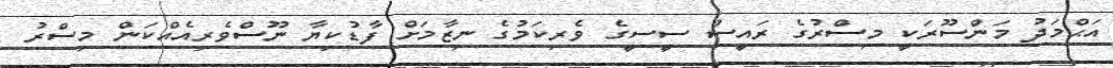
އަޙްމަދު މަންސޫރަކީ މިސްރުގެ ރައީސް ސީސީގެ ވެރިކަމުގެ ނިޒާމަށް ފާޑުކިޔާ ނޫސްވެރިއެއްކަން މިސްރު